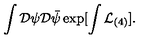
\int { \cal D } \psi { \cal D } \bar { \psi } \exp [ \int { \cal L } _ { ( 4 ) } ] .